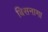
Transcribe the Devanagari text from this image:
बिसनागा